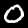
Label: 0